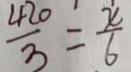
\frac { 4 2 0 } { 3 } = \frac { x } { 6 }